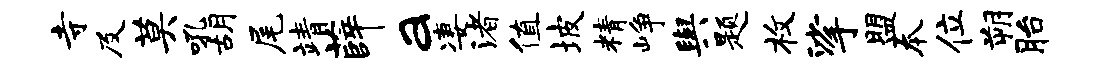
寺及莫吼胡尾靖薛a凄渚值坡精峥舆题枚挲盟本位朔胎